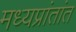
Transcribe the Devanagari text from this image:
मध्यप्रांतांत